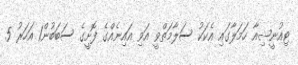
ޓިއުނީޝިއާ ހަމަލާގައި އެކަކު ސަލާމަތްވީ އަވި އައިނެއްގެ ފޮށީގެ ސަބަބުން1 އަހަރު 5